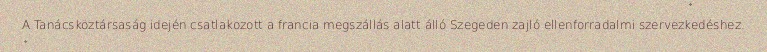
A Tanácsköztársaság idején csatlakozott a francia megszállás alatt álló Szegeden zajló ellenforradalmi szervezkedéshez.